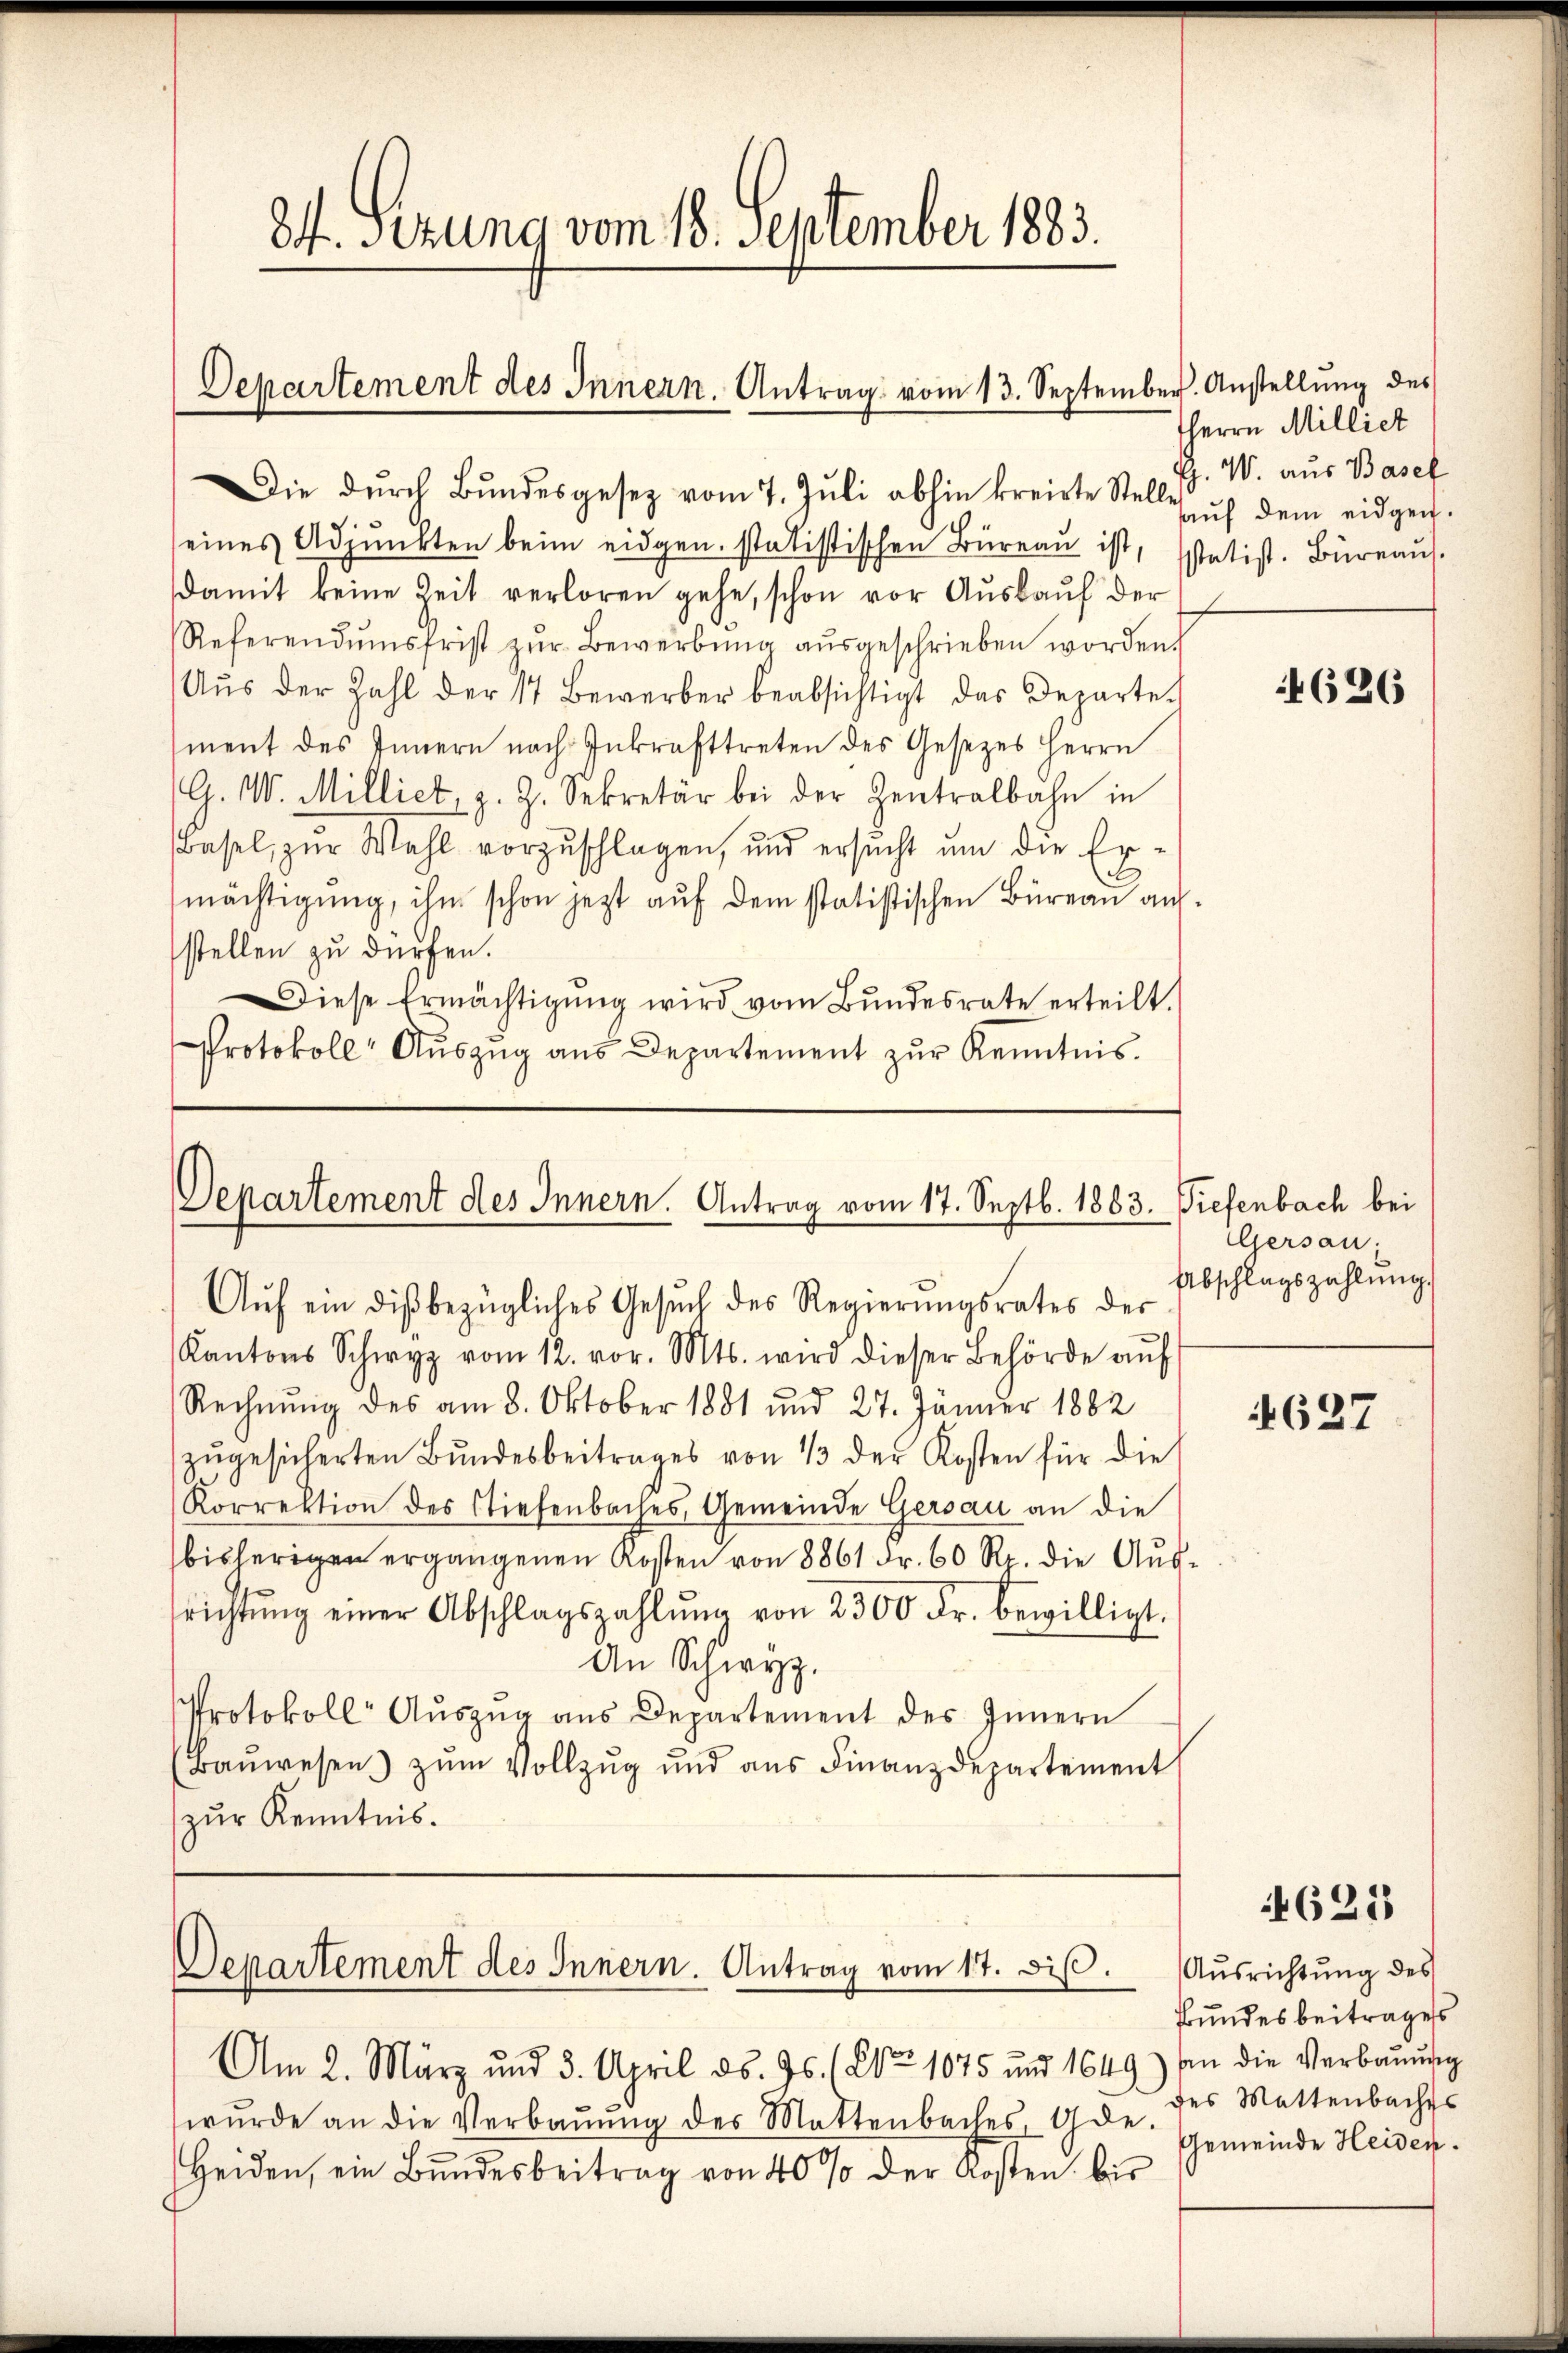
84. Sezung vom 18. September 1883.

Departement des Innern. Antrag vom 13. September. Anstellung des

Die dŭrch Bŭndesgesetz vom 7. Jŭli abhin kreiste Stelle aŭf dem eidgen
seines Adjunkten beim eidgen. statistischen Büreaŭ ist, statist. Büreaŭs.
damit keine Zeit verloren gehe, schon vor Aŭskaŭf der
Referendŭmsfrist zŭr Bewerbŭng aŭsgeschrieben worden.
Aŭs der Zahl der 17 Bewerber beabsichtigt das Departe
ment des Innern nach Inkrafttreten des Gesetzes Herrn
G. W. Milliet, z. Z. Sekretär bei der Zentralbahn in
Basel, zur Wahl vorzuschlagen, und ersucht um die Er-
mächtigung, ihm schon jetzt auf dem statistischen Büreau aufstellen zu dürfen.
Diese Ermächtigŭng wird vom Bŭndesrate erteilt.
Protokoll Aŭszŭg aŭs Departement zŭr Kenntnis.

Departement des Innern. Antrag vom 17. Septb. 1883. Diefenbach bei
Aŭf ein diβbezügliches Gesŭch des Regierŭngsrates der

HHerrn Milliet
. W. aus Basel

Departement des Innern. Antrag vom 17. diβ. Aŭsrichtŭng des

Kantons Schwyz vom 12. vor. Mts. wird dieser Behörde aŭf
Rechnŭng des am 8. Oktober 1881 und 27. Jänner 1882
zŭgesicherten Bŭndesbeitrages von 13 der Kosten für die
Korrektion des Stiefenbaches, Gemeinde Gersau an die
bisherigen ergangenen Kosten von 8861 Fr. 60 Rp. die Ausrichtŭng einer Abschlagszahlŭng von 2300 Fr. bewilligt.
An Schwyz.
Protokoll- Aŭszŭg ans Departement des Innern
(Baŭwesen zŭm Vollzŭg und aŭs Finanzdepartement
zŭr Kenntnis.

Am 2. März und 3. April d. Js. (Co 1075 und 1649) an die Verbaŭŭng
wŭrde an die Verbaŭŭng des Mattenbaches, Gde.
Heiden, ein Bŭndesbeitrag von 40% der Kosten bis

4626

Gersau:
Abschlagszahlung

4627

4621

Bundesbeitrages
des Mattenbachts
Gemeinde Heiden.